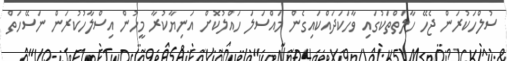
ސުލްހަކުރަން ޖެހޭ ހާލަތްތަކުގައި ވާހަކަދައްކައިގެން މައްސަލަ ހައްލުކޮށް އަނިޔާކުރާ މީހުން އިސްލާހުކުރަން ނަސޭހަތް